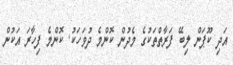
އަދި ކޫޕަން ލިބޭ ފަރާތްތަކުގެ މެދުން ކޮންމެ ދުވަހަކު